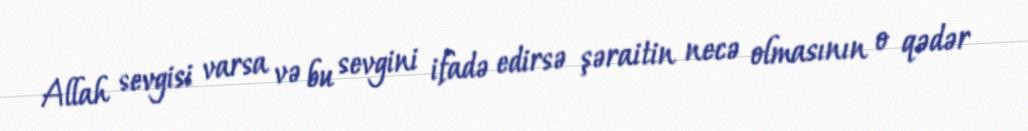
Allah sevgisi varsa və bu sevgini ifadə edirsə şəraitin necə olmasının o qədər